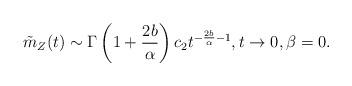
LaTeX: \begin{align*} \tilde m_Z (t) \sim \Gamma \left( 1 + \frac{2b}{\alpha} \right) c_2 t^{-\frac{2b}{\alpha} -1}, t \to 0 , \beta = 0. \end{align*}